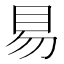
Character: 𰥓